Report of the Indian Hemp Drugs Commission, 1894-1895 - Volume V
Year: 1894
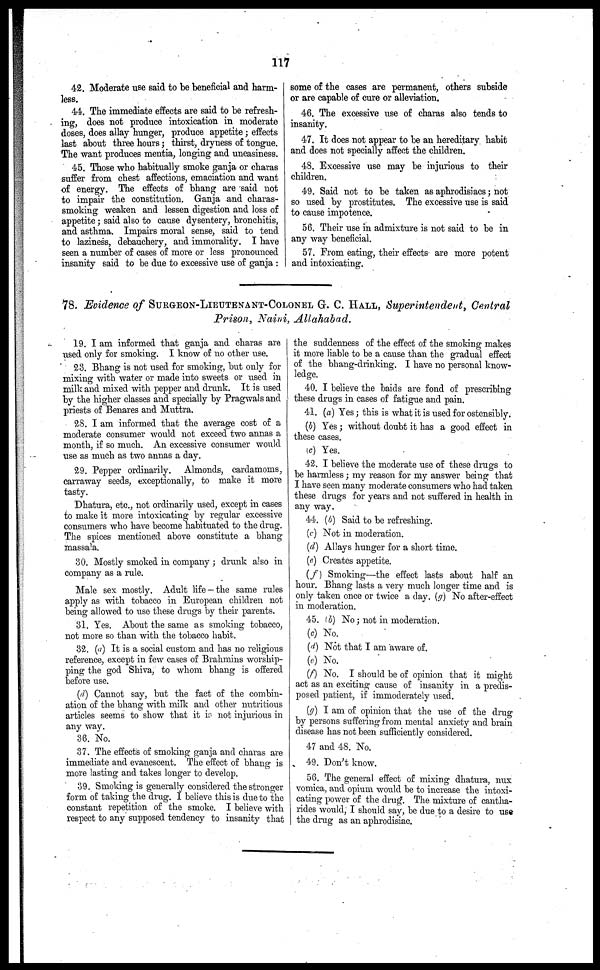
117
42. Moderate use said to be beneficial and harm-
less.
44. The immediate effects are said to be refresh-
ing, does not produce intoxication in moderate
doses, does allay hunger, produce appetite; effects
last about three hours; thirst, dryness of tongue.
The want produces mentia, longing and uneasiness.
45. Those who habitually smoke ganja or charas
suffer from chest affections, emaciation and want
of energy. The effects of bhang are said not
to impair the constitution. Ganja and charas-
smoking weaken and lessen digestion and loss of
appetite; said also to cause dysentery, bronchitis,
and asthma. Impairs moral sense, said to tend
to laziness, debauchery, and immorality. I have
seen a number of cases of more or less pronounced
insanity said to be due to excessive use of ganja :
some of the cases are permanent, others subside
or are capable of cure or alleviation.
46. The excessive use of charas also tends to
insanity.
47. It does not appear to be an hereditary habit
and does not specially affect the children.
48. Excessive use may be injurious to their
children.
49. Said not to be taken as aphrodisiacs; not
so used by prostitutes. The excessive use is said
to cause impotence.
56. Their use in admixture is not said to be in
any way beneficial.
57. From eating, their effects are more potent
and intoxicating.
78. Evidence of SURGEON-LIEUTENANT-COLONEL G. C. HALL, Superintendent, Central
Prison, Naini, Allahabad.
19. I am informed that ganja and charas are
used only for smoking. I know of no other use.
23. Bhang is not used for smoking, but only for
mixing with water or made into sweets or used in
milk and mixed with pepper and drunk. It is used
by the higher classes and specially by Pragwals and
priests of Benares and Muttra.
28. I am informed that the average cost of a
moderate consumer would not exceed two annas a
month, if so much. An excessive consumer would
use as much as two annas a day.
29. Pepper ordinarily. Almonds, cardamoms,
carraway seeds, exceptionally, to make it more
tasty.
Dhatura, etc., not ordinarily used, except in cases
to make it more intoxicating by regular excessive
consumers who have become habituated to the drug.
The spices mentioned above constitute a bhang
massala.
30. Mostly smoked in company ; drunk also in
company as a rule.
Male sex mostly. Adult life - the same rules
apply as with tobacco in European children not
being allowed to use these drugs by their parents.
31. Yes. About the same as smoking tobacco,
not more so than with the tobacco habit.
32. (a) It is a social custom and has no religious
reference, except in few cases of Brahmins worship-
ping the god Shiva, to whom bhang is offered
before use.
(d) Cannot say, but the fact of the combin-
ation of the bhang with milk and other nutritious
articles seems to show that it is not injurious in
any way.
36. No.
37. The effects of smoking ganja and charas are
immediate and evanescent. The effect of bhang is
more lasting and takes longer to develop.
39. Smoking is generally considered the stronger
form of taking the drug. I believe this is due to the
constant repetition of the smoke. I believe with
respect to any supposed tendency to insanity that
the suddenness of the effect of the smoking makes
it more liable to be a cause than the gradual effect
of the bhang-drinking. I have no personal know-
ledge.
40. I believe the baids are fond of prescribing
these drugs in cases of fatigue and pain.
41. (a) Yes; this is what it is used for ostensibly.
(b) Yes; without doubt it has a good effect in
these cases.
(c) Yes.
42. I believe the moderate use of these drugs to
be harmless; my reason for my answer being that
I have seen many moderate consumers who had taken
these drugs for years and not suffered in health in
any way.
44. (b) Said to be refreshing.
(c) Not in moderation.
(d) Allays hunger for a short time.
(e) Creates appetite.
(f) Smoking—the effect lasts about half an
hour. Bhang lasts a very much longer time and is
only taken once or twice a day. (g) No after-effect
in moderation.
45. (b) No; not in moderation.
(c) No.
(d) Not that I am aware of.
(e) No.
(f) No. I should be of opinion that it might
act as an exciting cause of insanity in a predis-
posed patient, if immoderately used.
(g) I am of opinion that the use of the drug
by persons suffering from mental anxiety and brain
disease has not been sufficiently considered.
47 and 48. No.
49. Don't know.
56. The general effect of mixing dhatura, nux
vomica, and opium would be to increase the intoxi-
cating power of the drug. The mixture of cantha-
rides would, I should say, be due to a desire to use
the drug as an aphrodisiac.